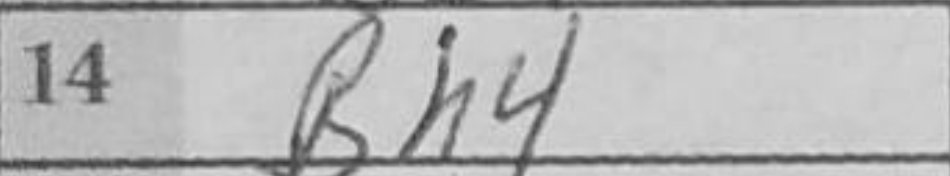
Transcription: Bh4